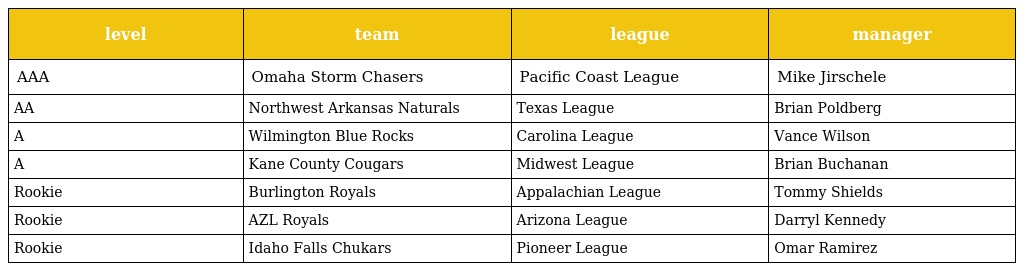
| level | team | league | manager |
 | --- | --- | --- | --- |
 | AAA | Omaha Storm Chasers | Pacific Coast League | Mike Jirschele |
 | AA | Northwest Arkansas Naturals | Texas League | Brian Poldberg |
 | A | Wilmington Blue Rocks | Carolina League | Vance Wilson |
 | A | Kane County Cougars | Midwest League | Brian Buchanan |
 | Rookie | Burlington Royals | Appalachian League | Tommy Shields |
 | Rookie | AZL Royals | Arizona League | Darryl Kennedy |
 | Rookie | Idaho Falls Chukars | Pioneer League | Omar Ramirez |